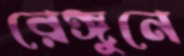
রেঙ্গুনে